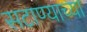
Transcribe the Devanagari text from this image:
सटाण्याच्या